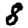
Digit: 8